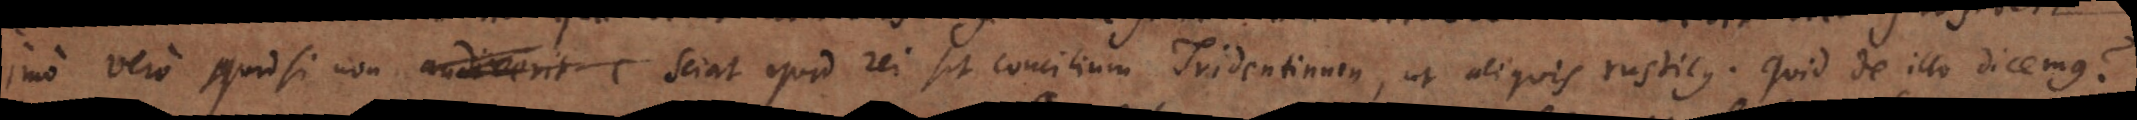
Imo vero quid si non audiverit c sciat quid rei sit Concilium Tridentinum, ut aliquis rusticus. Quid de illo dicemus?